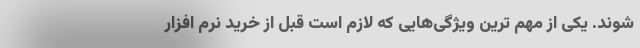
شوند. یکی از مهم ترین ویژگی‌هایی که لازم است قبل از خرید نرم افزار